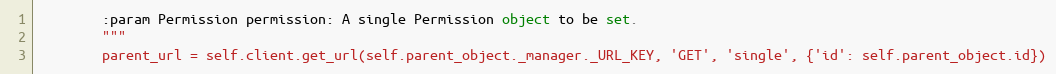
Language: Python
        :param Permission permission: A single Permission object to be set.
        """
        parent_url = self.client.get_url(self.parent_object._manager._URL_KEY, 'GET', 'single', {'id': self.parent_object.id})